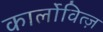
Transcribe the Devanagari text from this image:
कार्लोवित्ज़